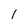
Character: 1